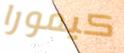
كيمورا